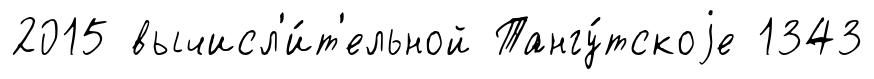
2015 вычисл'и́т'ельной Тангу́тскоjе 1343